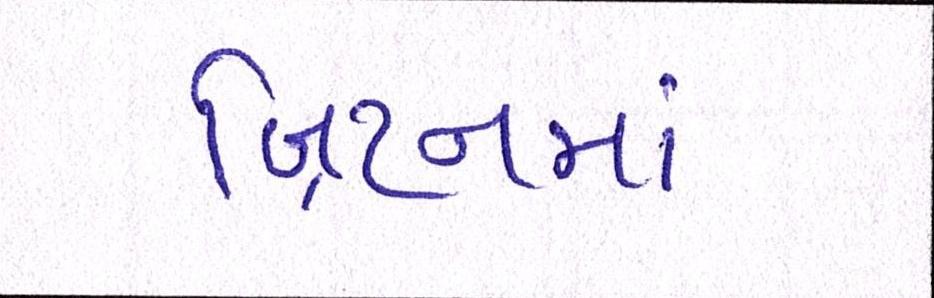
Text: બ્રિટનમાં